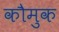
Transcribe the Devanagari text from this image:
कौमुक